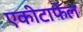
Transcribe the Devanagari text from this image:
एकीटाफेल